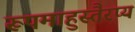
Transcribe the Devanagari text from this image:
रूपमाहुस्तैरप्य